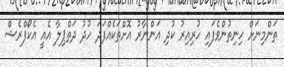
ތަންމިނަށް ހިނިތުންވެފައި ހުރިއިރު ކުދި އަންނާރު އޮށްތަކެއްފަދަ ހުދު ދަތްޕިލާ އެއީ އެކޯފްރެޝް